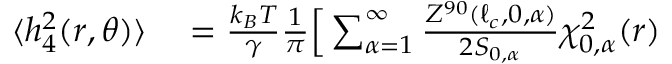
\begin{array} { r l } { \langle h _ { 4 } ^ { 2 } ( r , \theta ) \rangle } & { { } = \frac { k _ { B } T } { \gamma } \frac { 1 } { \pi } \Big [ \sum _ { \alpha = 1 } ^ { \infty } \frac { Z ^ { 9 0 } ( \ell _ { c } , 0 , \alpha ) } { 2 S _ { 0 , \alpha } } \chi _ { 0 , \alpha } ^ { 2 } ( r ) } \end{array}